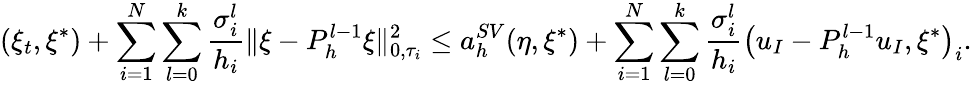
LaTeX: (\xi_{t},\xi^{*})+\sum_{i=1}^{N}\sum_{l=0}^{k}\frac{\sigma_{i}^{l}}{h_{i}}\Vert\xi-P_{h}^{l-1}\xi\Vert_{0,\tau_{i}}^{2}\le a_{h}^{SV}(\eta,\xi^{*})+\sum_{i=1}^{N}\sum_{l=0}^{k}\frac{\sigma_{i}^{l}}{h_{i}}\left(u_{I}-P_{h}^{l-1}u_{I},\xi^{*}\right)_{i}.